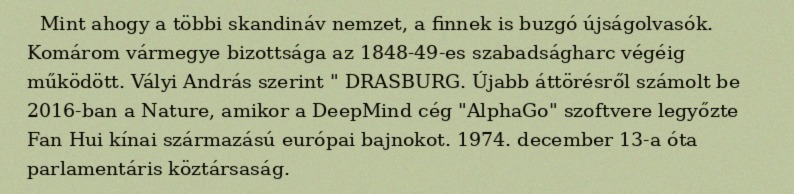
Mint ahogy a többi skandináv nemzet, a finnek is buzgó újságolvasók. Komárom vármegye bizottsága az 1848-49-es szabadságharc végéig működött. Vályi András szerint " DRASBURG. Újabb áttörésről számolt be 2016-ban a Nature, amikor a DeepMind cég "AlphaGo" szoftvere legyőzte Fan Hui kínai származású európai bajnokot. 1974. december 13-a óta parlamentáris köztársaság.